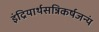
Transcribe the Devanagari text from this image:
इंद्रियार्थसन्निकर्षजन्यं